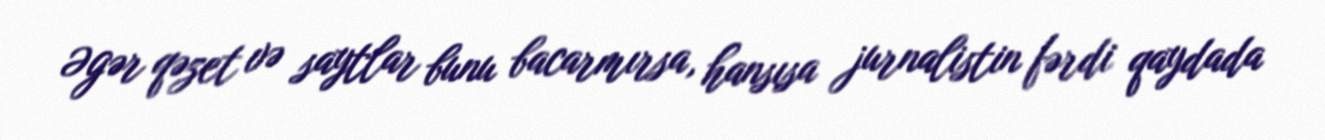
Əgər qəzet və saytlar bunu bacarmırsa, hansısa jurnalistin fərdi qaydada